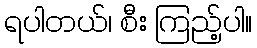
ရပါတယ်၊ စီး ကြည့်ပါ။